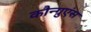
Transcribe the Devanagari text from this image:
कौन्ग्रुएंस